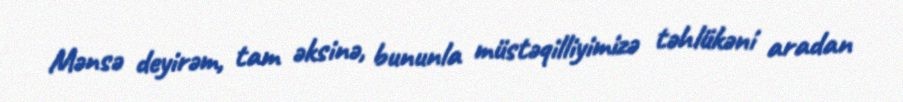
Mənsə deyirəm, tam əksinə, bununla müstəqilliyimizə təhlükəni aradan